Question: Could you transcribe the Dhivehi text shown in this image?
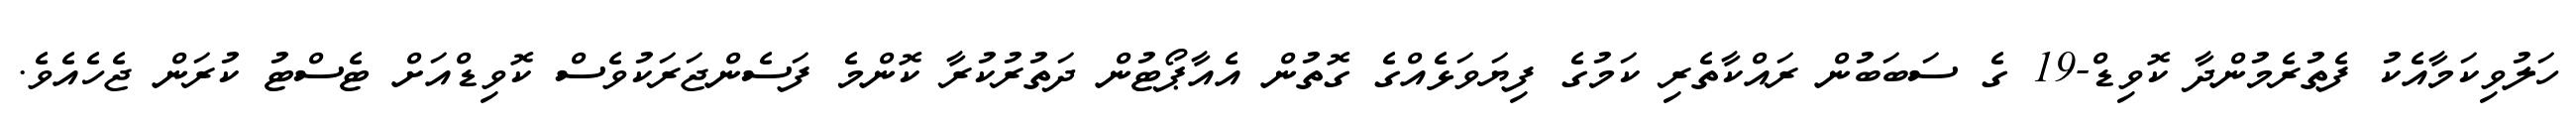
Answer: ހަލުވިކަމާއެކު ފެތުރެމުންދާ ކޮވިޑް-19 ގެ ސަބަބުން ރައްކާތެރި ކަމުގެ ފިޔަވަޅެއްގެ ގޮތުން އެއާޕޯޓުން ދަތުރުކުރާ ކޮންމެ ފަސެންޖަރަކުވެސް ކޮވިޑްއަށް ޓެސްޓު ކުރަން ޖެހެއެވެ.